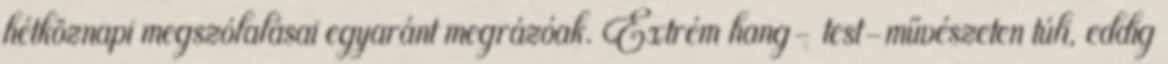
hétköznapi megszólalásai egyaránt megrázóak. Extrém hang- test-művészeten túli, eddig